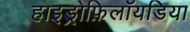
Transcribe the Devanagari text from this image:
हाइड्रोफ़िलॉयडिया